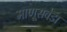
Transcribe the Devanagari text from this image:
माणूसवेडा